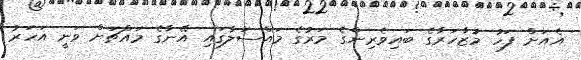
އެއަށް ފަހު މުޒާހަރާގެ ބައިވެރިންގެ މަރުގެ މައްސަލާގައި އޭނާގެ މައްޗަށް ވަނީ އަހަރު